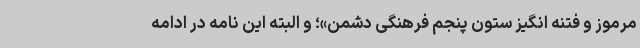
مرموز و فتنه انگیز ستون پنجم فرهنگی دشمن»؛ و البته این نامه در ادامه